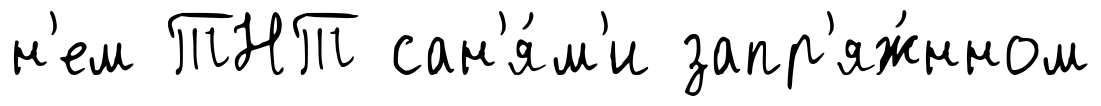
н'ем ТНТ сан'я́м'и запр'яж́нном